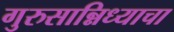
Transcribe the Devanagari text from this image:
गुरुसान्निध्याचा